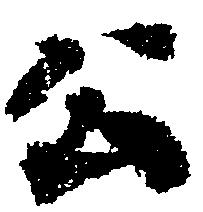
公